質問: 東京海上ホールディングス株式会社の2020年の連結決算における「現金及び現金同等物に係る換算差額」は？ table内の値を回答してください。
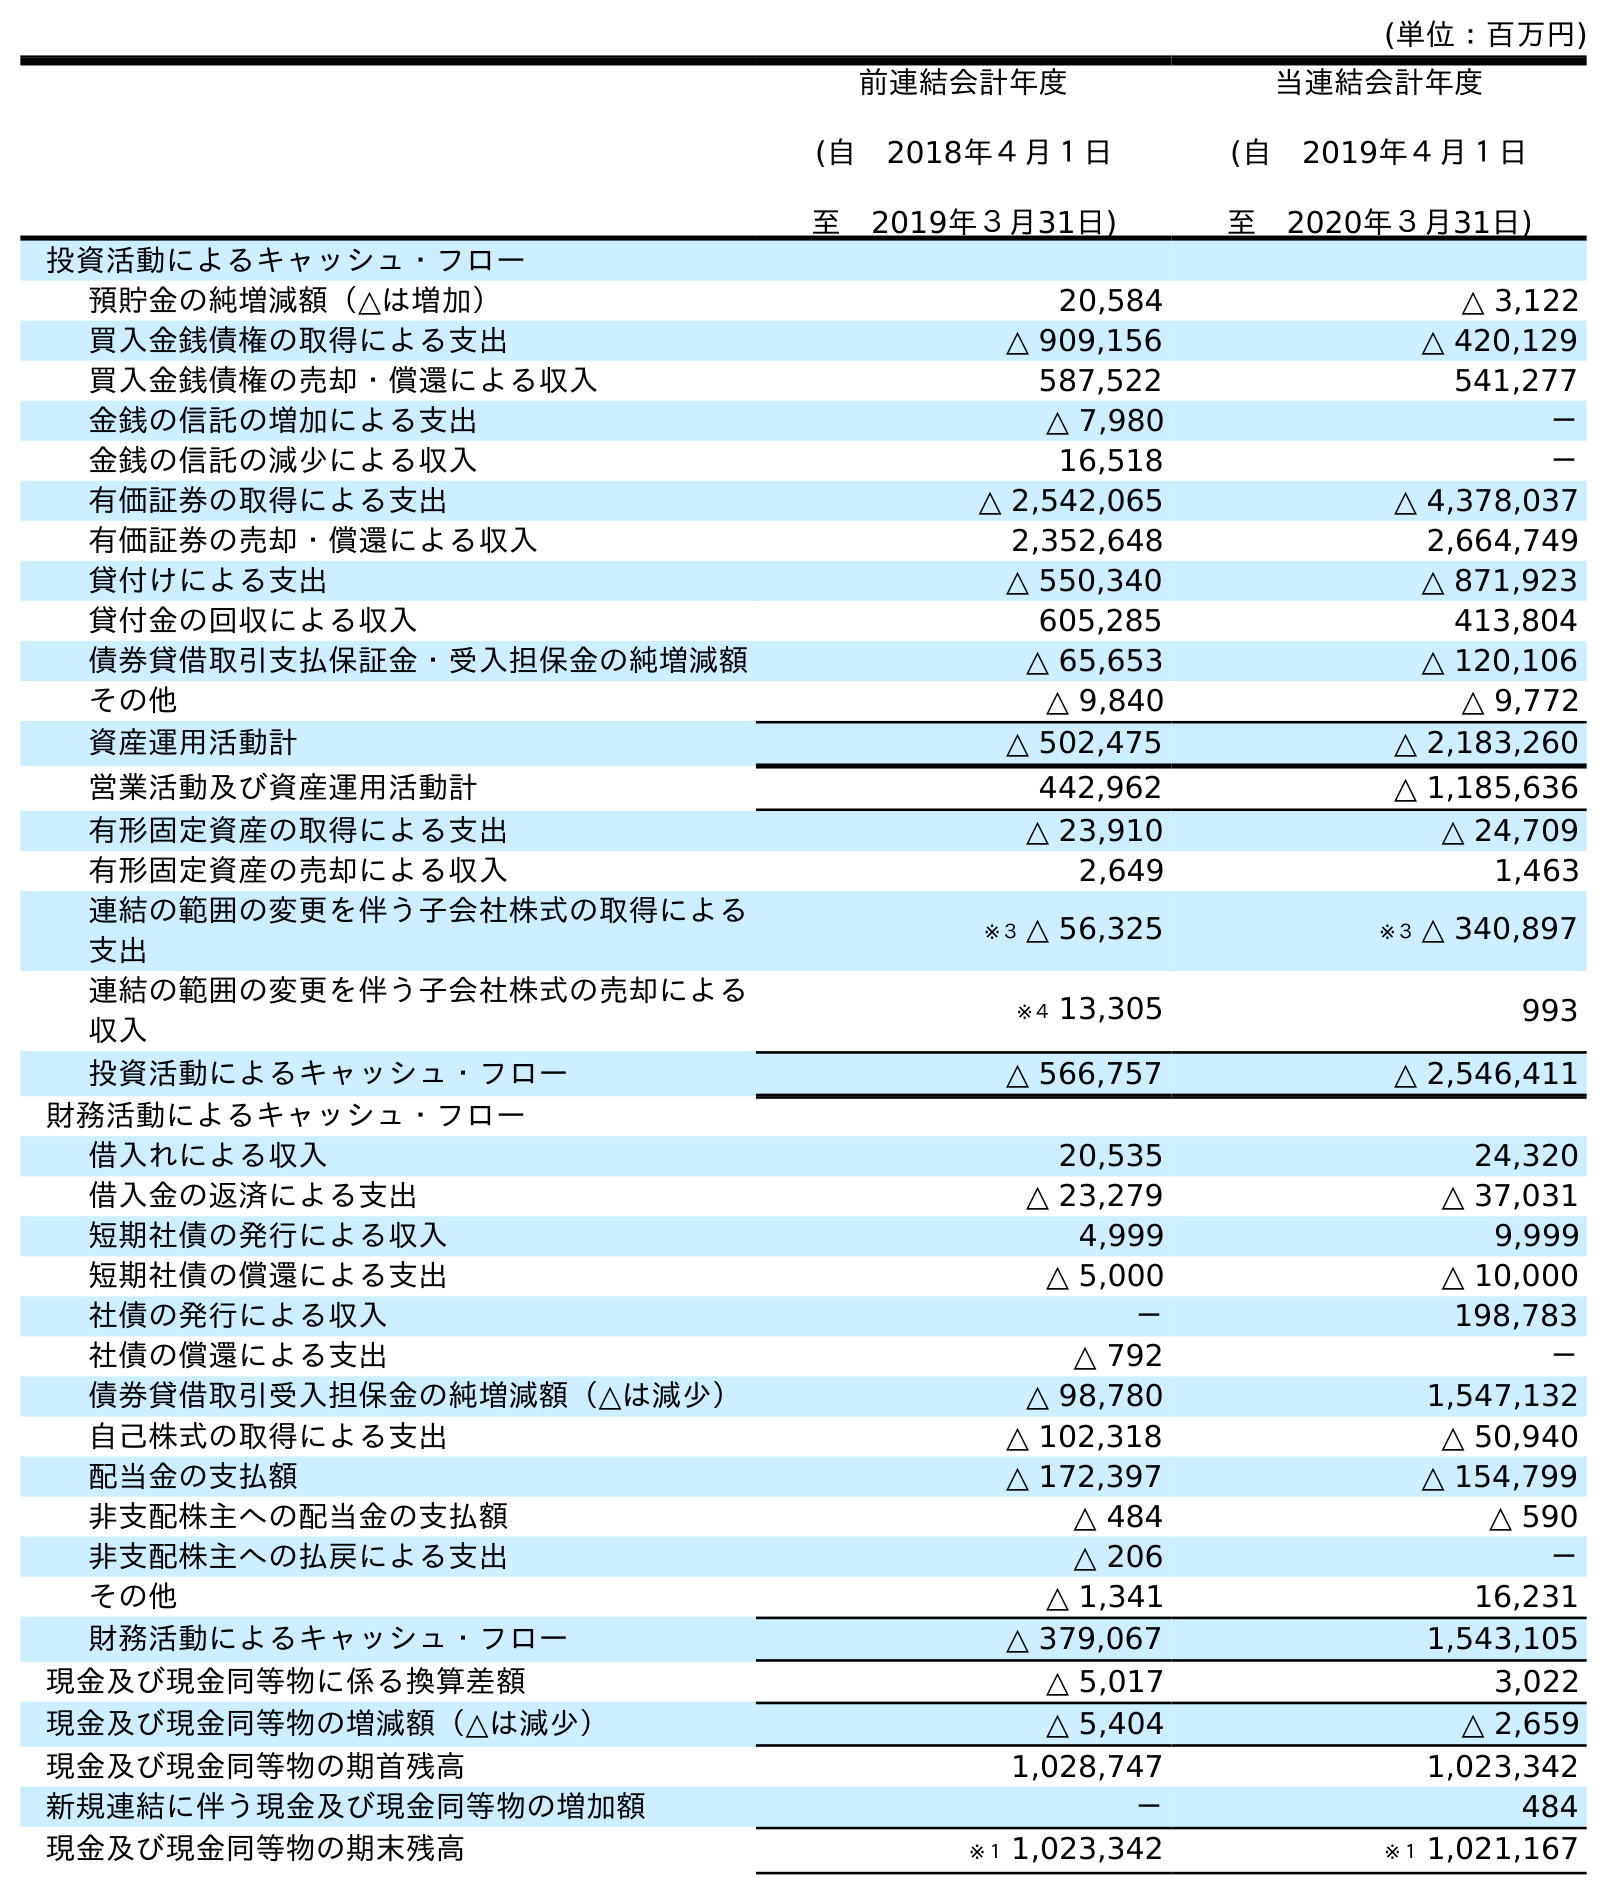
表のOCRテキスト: (単位：百万円) 前連結会計年度 (自 2018年４月１日 至 2019年３月31日) 当連結会計年度 (自 2019年４月１日 至 2020年３月31日) 投資活動によるキャッシュ・フロー 預貯金の純増減額（△は増加） 20,584 △ 3,122 買入金銭債権の取得による支出 △ 909,156 △ 420,129 買入金銭債権の売却・償還による収入 587,522 541,277 金銭の信託の増加による支出 △ 7,980 － 金銭の信託の減少による収入 16,518 － 有価証券の取得による支出 △ 2,542,065 △ 4,378,037 有価証券の売却・償還による収入 2,352,648 2,664,749 貸付けによる支出 △ 550,340 △ 871,923 貸付金の回収による収入 605,285 413,804 債券貸借取引支払保証金・受入担保金の純増減額 △ 65,653 △ 120,106 その他 △ 9,840 △ 9,772 資産運用活動計 △ 502,475 △ 2,183,260 営業活動及び資産運用活動計 442,962 △ 1,185,636 有形固定資産の取得による支出 △ 23,910 △ 24,709 有形固定資産の売却による収入 2,649 1,463 連結の範囲の変更を伴う子会社株式の取得による 支出 ※３ △ 56,325 ※３ △ 340,897 連結の範囲の変更を伴う子会社株式の売却による 収入 ※４ 13,305 993 投資活動によるキャッシュ・フロー △ 566,757 △ 2,546,411 財務活動によるキャッシュ・フロー 借入れによる収入 20,535 24,320 借入金の返済による支出 △ 23,279 △ 37,031 短期社債の発行による収入 4,999 9,999 短期社債の償還による支出 △ 5,000 △ 10,000 社債の発行による収入 － 198,783 社債の償還による支出 △ 792 － 債券貸借取引受入担保金の純増減額（△は減少） △ 98,780 1,547,132 自己株式の取得による支出 △ 102,318 △ 50,940 配当金の支払額 △ 172,397 △ 154,799 非支配株主への配当金の支払額 △ 484 △ 590 非支配株主への払戻による支出 △ 206 － その他 △ 1,341 16,231 財務活動によるキャッシュ・フロー △ 379,067 1,543,105 現金及び現金同等物に係る換算差額 △ 5,017 3,022 現金及び現金同等物の増減額（△は減少） △ 5,404 △ 2,659 現金及び現金同等物の期首残高 1,028,747 1,023,342 新規連結に伴う現金及び現金同等物の増加額 － 484 現金及び現金同等物の期末残高 ※１ 1,023,342 ※１ 1,021,167
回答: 3,022